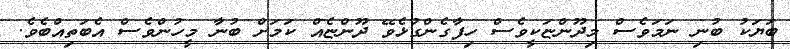
ބަޔަކު ބުނި ނަމަވެސް މިދޫންޏަކީވެސް ހިފާގެންގުޅެވޭ ދޫންޏެއް ކަމަށް ބުނާ މީހުންވެސް އެބަތިއްބެވެ.